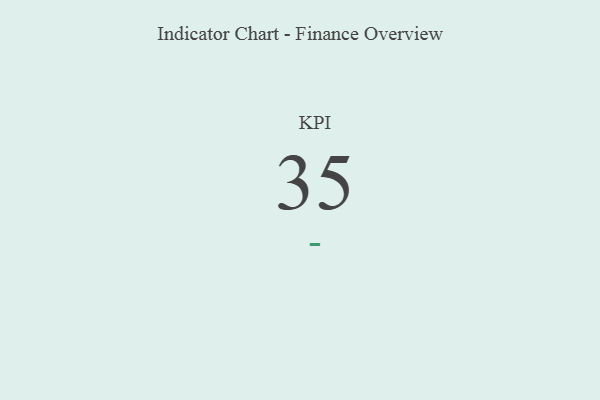
{"axis": {"x": "KPI", "y": "Value"}, "legend": [""], "data": [{"x": "KPI", "y": 35, "type": ""}]}